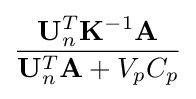
{{\mathbf {U} _{n}^{T}\mathbf {K} ^{-1}\mathbf {A} } \over {\mathbf {U} _{n}^{T}\mathbf {A} +V_{p}C_{p}}}